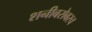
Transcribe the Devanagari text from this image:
शनीबरोबरच